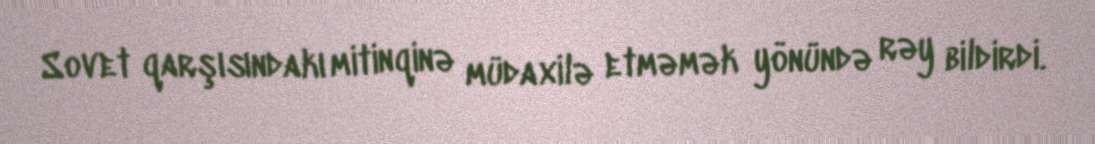
Sovet qarşısındakı mitinqinə müdaxilə etməmək yönündə rəy bildirdi.